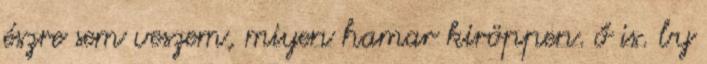
észre sem veszem, miyen hamar kiröppen. ő is. by